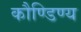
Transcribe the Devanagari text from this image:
कौण्डिण्य